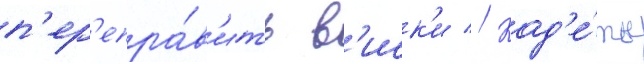
п'ер'епра́в'ить в'иск'и // Кад'е́ты